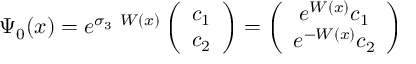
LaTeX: \Psi _ { 0 } ( x ) = e ^ { \sigma _ { 3 } ~ W ( x ) } \left( \begin{array} { c } { { c _ { 1 } } } \\ { { c _ { 2 } } } \end{array} \right) = \left( \begin{array} { c } { { e ^ { W ( x ) } c _ { 1 } } } \\ { { e ^ { - W ( x ) } c _ { 2 } } } \end{array} \right)